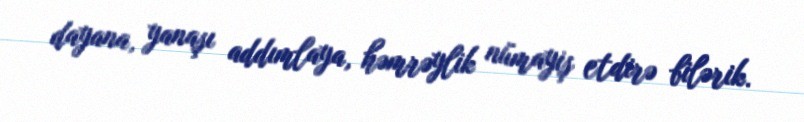
dayana, yanaşı addımlaya, həmrəylik nümayiş etdirə bilərik.